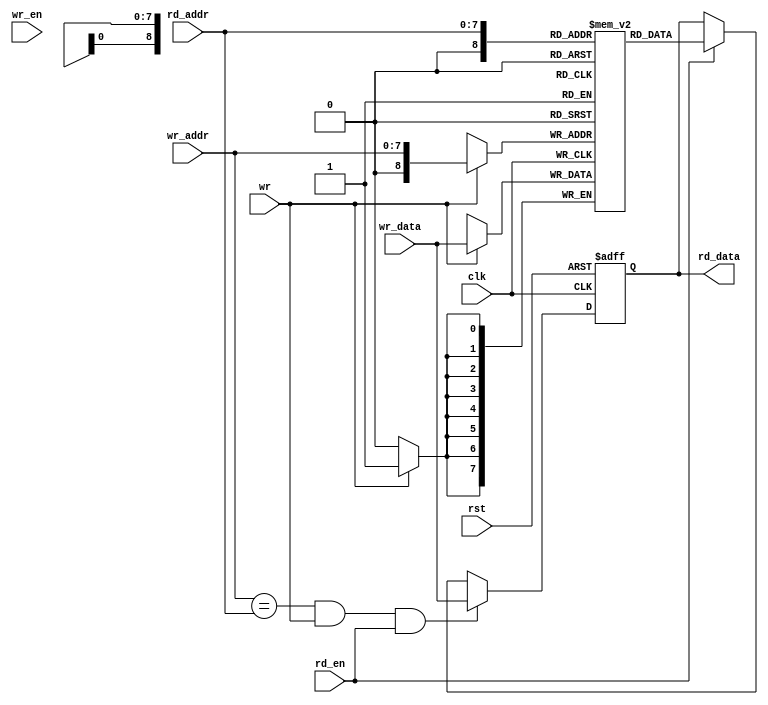
module oc8051_ram_256x8_two_bist (
                     clk,
                     rst,
		     rd_addr,
		     rd_data,
		     rd_en,
		     wr_addr,
		     wr_data,
		     wr_en,
		     wr
`ifdef OC8051_BIST
	 ,
         scanb_rst,
         scanb_clk,
         scanb_si,
         scanb_so,
         scanb_en
`endif
		     );


input         clk, 
              wr, 
	      rst,
	      rd_en,
	      wr_en;
input  [7:0]  wr_data;
input  [7:0]  rd_addr,
              wr_addr;
output [7:0]  rd_data;

`ifdef OC8051_BIST
input   scanb_rst;
input   scanb_clk;
input   scanb_si;
output  scanb_so;
input   scanb_en;
`endif


`ifdef OC8051_RAM_XILINX
  xilinx_ram_dp xilinx_ram(
  	// read port
  	.CLKA(clk),
  	.RSTA(rst),
  	.ENA(rd_en),
  	.ADDRA(rd_addr),
  	.DIA(8'h00),
  	.WEA(1'b0),
  	.DOA(rd_data),
  
  	// write port
  	.CLKB(clk),
  	.RSTB(rst),
  	.ENB(wr_en),
  	.ADDRB(wr_addr),
  	.DIB(wr_data),
  	.WEB(wr),
  	.DOB()
  );
  
  defparam
  	xilinx_ram.dwidth = 8,
  	xilinx_ram.awidth = 8;

`else

	`ifdef OC8051_Altera_RAM

	oc8051_altera_ram oc8051_altera_ram1(

	.rdclock(clk), 
	.rd_aclr(rst), 
	.rden(rd_en), 
	.rdaddress(rd_addr), 
	.q(rd_data),

	.wrclock(clk),

	.wren(wr), 
	.wraddress(wr_addr), 
	.data(wr_data) );
    
    `else

      reg    [7:0]  rd_data;
      //
      // buffer
      reg    [7:0]  buff [0:256];
      
      
      //
      // writing to ram
      always @(posedge clk)
      begin
       if (wr)
          buff[wr_addr] <= #1 wr_data;
      end
      
      //
      // reading from ram
      always @(posedge clk or posedge rst)
      begin
        if (rst)
          rd_data <= #1 8'h0;
        else if ((wr_addr==rd_addr) & wr & rd_en)
          rd_data <= #1 wr_data;
        else if (rd_en)
          rd_data <= #1 buff[rd_addr];
      end
//    `endif  //OC8051_RAM_GENERIC
  `endif    //OC8051_RAM_VIRTUALSILICON  
`endif      //OC8051_RAM_XILINX

endmodule